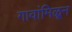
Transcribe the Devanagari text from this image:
गावांमिळून